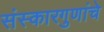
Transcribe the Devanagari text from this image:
संस्कारगुणांचे